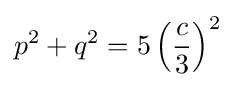
p^{2}+q^{2}=5\left({\frac {c}{3}}\right)^{2}